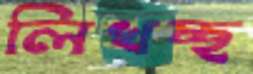
লিখচ্ছ